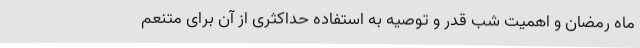
ماه رمضان و اهمیت شب قدر و توصیه به استفاده حداکثری از آن برای متنعم